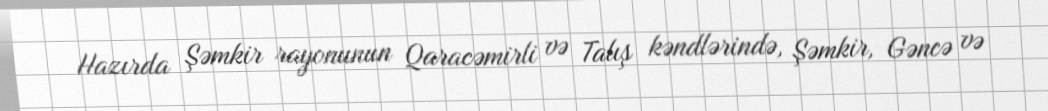
Hazırda Şəmkir rayonunun Qaracəmirli və Talış kəndlərində, Şəmkir, Gəncə və